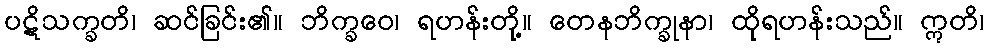
ပဋိသက္ခတိ၊ ဆင်ခြင်း၏။ ဘိက္ခဝေ၊ ရဟန်းတို့။ တေနဘိက္ခုနာ၊ ထိုရဟန်းသည်။ ဣတိ၊